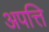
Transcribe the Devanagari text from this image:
अपत्ति